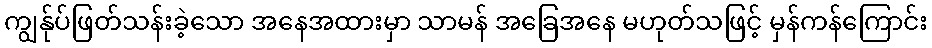
ကျွန်ုပ်ဖြတ်သန်းခဲ့သော အနေအထားမှာ သာမန် အခြေအနေ မဟုတ်သဖြင့် မှန်ကန်ကြောင်း